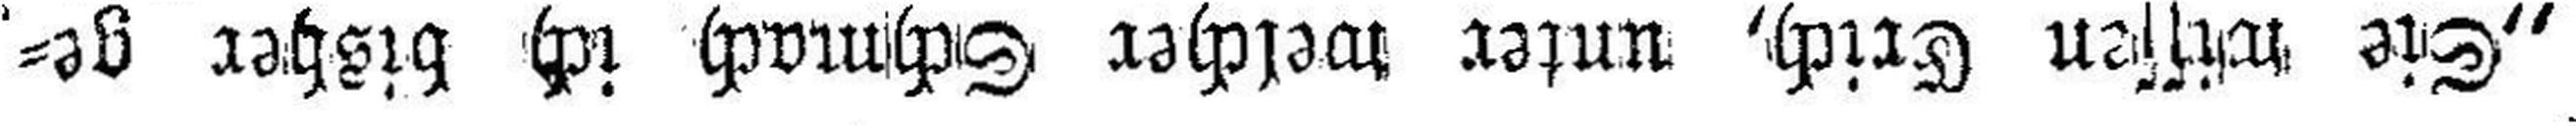
„Sie wisse Erich, unter welcher Schmach ich bisher ge¬